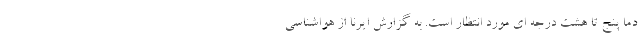
دما پنج تا هشت درجه ای مورد انتظار است. به گزارش ایرنا از هواشناسی